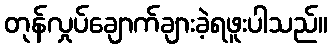
တုန်လှုပ်ချောက်ချားခဲ့ရဖူးပါသည်။